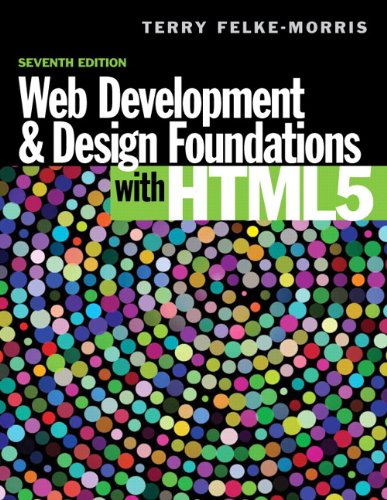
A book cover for Web Development and Design Foundations with HTML5 (7th Edition); Terry Felke-Morris; Computers & Technology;